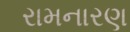
રામનારણ